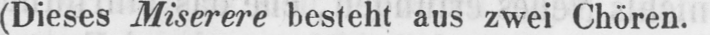
(Dieses Miserere besteht aus zwei Chören.